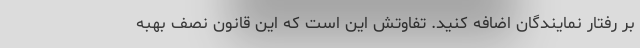
بر رفتار نمایندگان اضافه کنید. تفاوتش این است که این قانون نصف بهبه